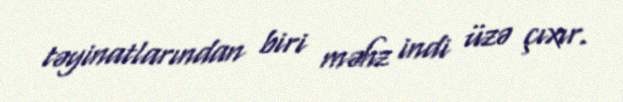
təyinatlarından biri məhz indi üzə çıxır.